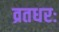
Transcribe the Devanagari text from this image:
व्रतधरः